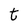
Character: t